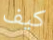
كيف